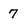
Character: 7